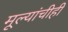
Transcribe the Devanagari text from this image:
मूल्यांचीही